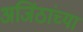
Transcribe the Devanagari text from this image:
अजिंठांच्या